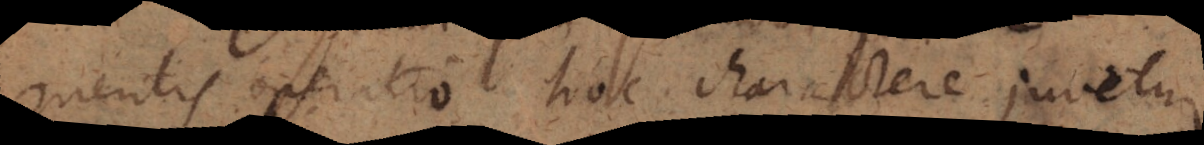
mentis operatio hoc charactere juvetur